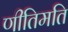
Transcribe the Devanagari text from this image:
णीतिमति